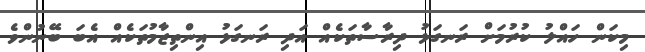
މިކަން ހައްލު ކުރުމަށް ރަނގަޅު ދިރާސާތަކެއް އަދި ރަނގަޅު އިންތިޒާމުތަކެއް އެބަ ބޭނުންވެ